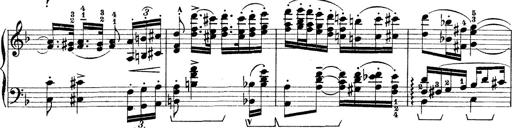
Title: Rapsodie: 19 ungheresi, 1 spagnuola
Composer: Franz Liszt